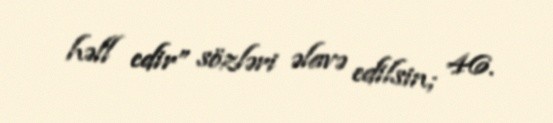
həll edir” sözləri əlavə edilsin; 46.